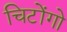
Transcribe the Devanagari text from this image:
चिटोंगो